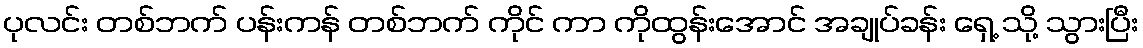
ပုလင်း တစ်ဘက် ပန်းကန် တစ်ဘက် ကိုင် ကာ ကိုထွန်းအောင် အချုပ်ခန်း ရှေ့ သို့ သွားပြီး